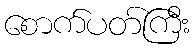
စောက်ပတ်ကြီး